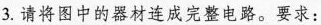
3.请将图中的器材连成完整电路。要求：